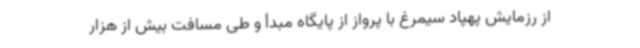
از رزمایش پهپاد سیمرغ با پرواز از پایگاه مبدأ و طی مسافت بیش از هزار